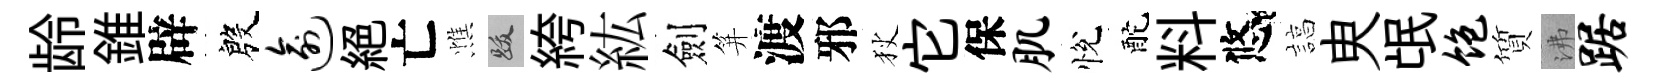
龄錐辟殷逾絕亡憔跋絝紘劍笄渡邪狄它保肌悅酡料悠諄㬰氓饱質沸踞